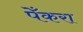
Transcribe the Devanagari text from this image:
पेँकरा